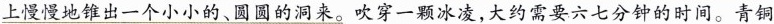
上慢慢地锥出一个小小的、圆圆的洞来。吹穿一颗冰凌，大约需要六七分钟的时间。青铜